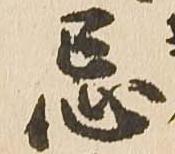
忌